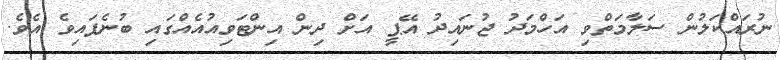
ނުރައްކަލުން ސަލާމަތްވި އަހްމަދު ޖުނައިދު އޭޕީ އަށް ދިން އިންޓަވިއުއެއްގައި ބުނެފައިވެ އެވެ.